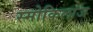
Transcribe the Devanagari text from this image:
स्मोकिलाज